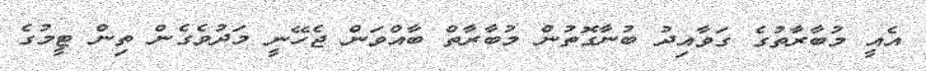
އެއީ މުބާރާތުގެ ގަވާއިދު ބުނާގޮތުން މުބާރާތް ބާއްވަން ޖެހޭނީ މަދުވެގެން ތިން ޓީމުގެ